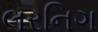
લરનિગ